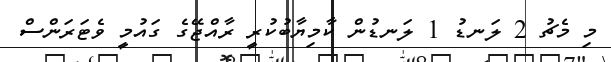
މި މެޗު 2 ލަނޑު 1 ލަނޑުން ކާމިޔާބުކުރީ ރާއްޖޭގެ ގައުމީ ވެޓަރަންސް